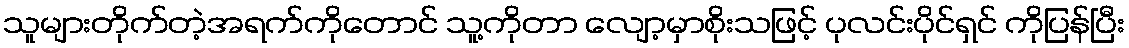
သူများတိုက်တဲ့အရက်ကိုတောင် သူ့ကိုတာ လျော့မှာစိုးသဖြင့် ပုလင်းပိုင်ရှင် ကိုပြန်ပြီး